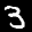
Label: 3